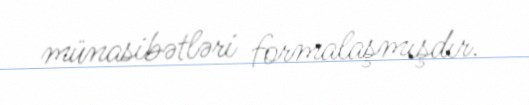
münasibətləri formalaşmışdır.